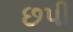
છપી